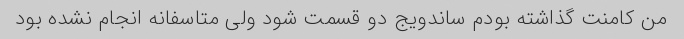
من کامنت گذاشته بودم ساندویج دو قسمت شود ولی متاسفانه انجام نشده بود